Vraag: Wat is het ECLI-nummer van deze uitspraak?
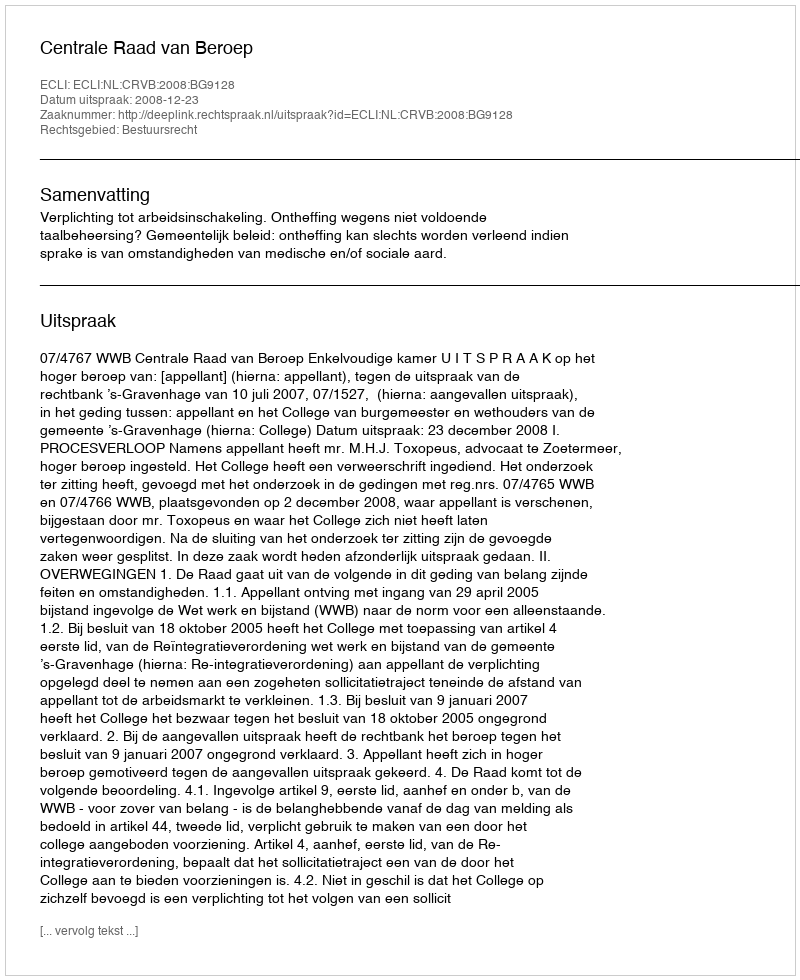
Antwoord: ECLI:NL:CRVB:2008:BG9128